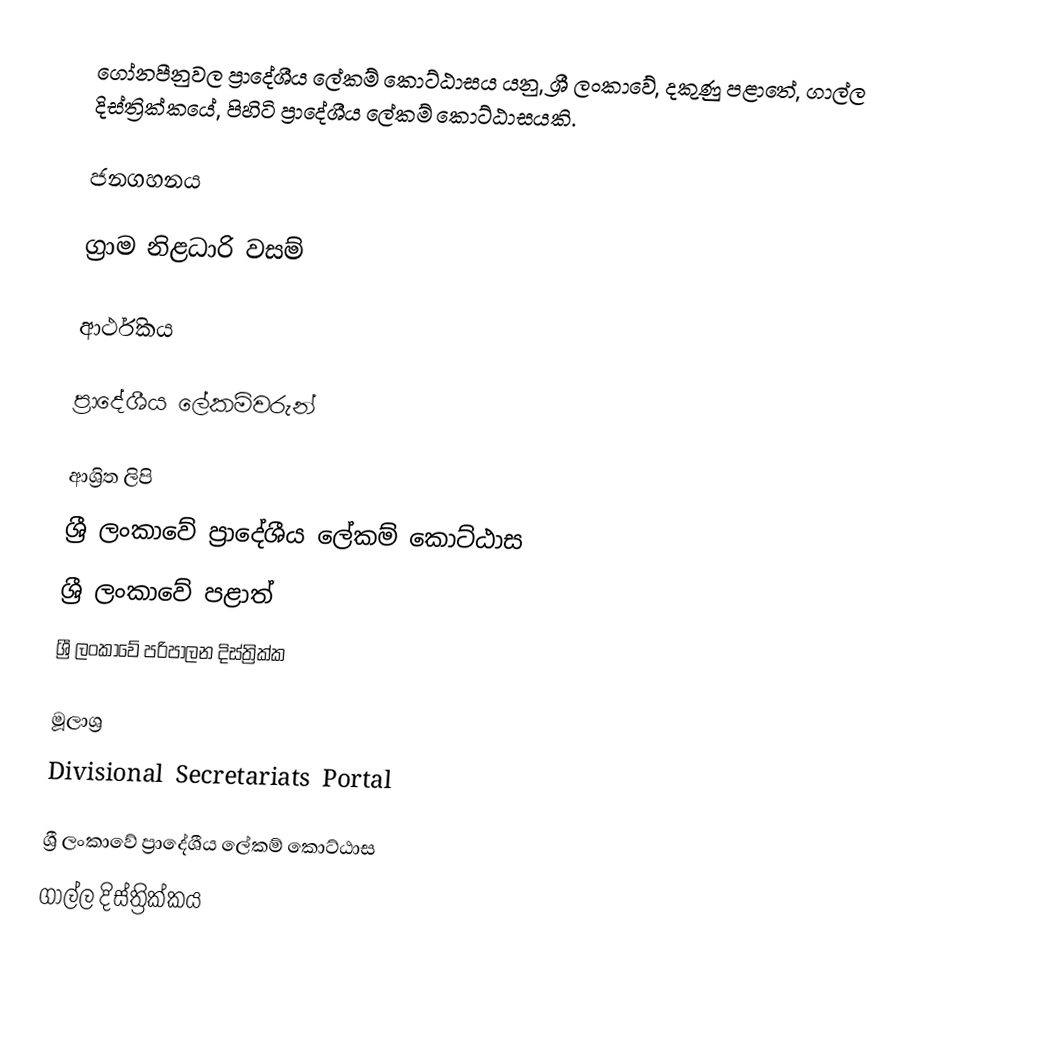
ගෝනපීනුවල ප්‍රාදේශීය ලේකම් කොට්ඨාසය යනු,  ශ්‍රී ලංකාවේ, දකුණු පළාතේ,   ගාල්ල දිස්ත්‍රික්කයේ, පිහිටි ප්‍රාදේශීය ලේකම් කොට්ඨාසයකි.

ජනගහනය

ග්‍රාම නිළධාරි වසම්

ආර්ථිකය

ප්‍රාදේශීය ලේකම්වරුන්

ආශ්‍රිත ලිපි
ශ්‍රී ලංකාවේ ප්‍රාදේශීය ලේකම් කොට්ඨාස
ශ්‍රී ලංකාවේ පළාත්
ශ්‍රී ලංකාවේ පරිපාලන දිස්ත්‍රික්ක

මූලාශ්‍ර
 Divisional Secretariats Portal

ශ්‍රී ලංකාවේ ප්‍රාදේශීය ලේකම් කොට්ඨාස
ගාල්ල දිස්ත්‍රික්කය